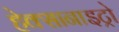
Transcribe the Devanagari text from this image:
हेक्सानाइट्रो